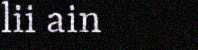
lii ain